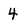
Character: 4